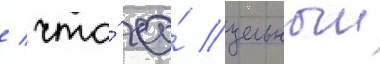
/ что́ ео́ цельныи